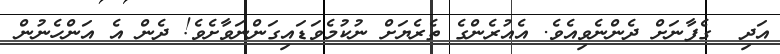
އަދި  ގެފާނަށް ދެންނެވިއެވެ. އެއުރެންގެ ތެރެޔަށް ނުކުމެވަޑައިގަންނަވާށެވެ! ދެން އެ އަންހެނުން